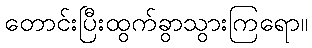
တောင်းပြီးထွက်ခွာသွားကြရော။